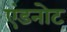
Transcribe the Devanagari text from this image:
एंडनोट